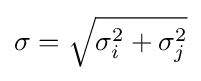
{\sigma }={\sqrt {\sigma _{i}^{2}+\sigma _{j}^{2}}}